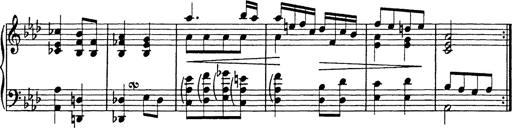
Title: 8 Variations
Composer: Franz Liszt
Key: A-flat major